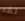
لقد